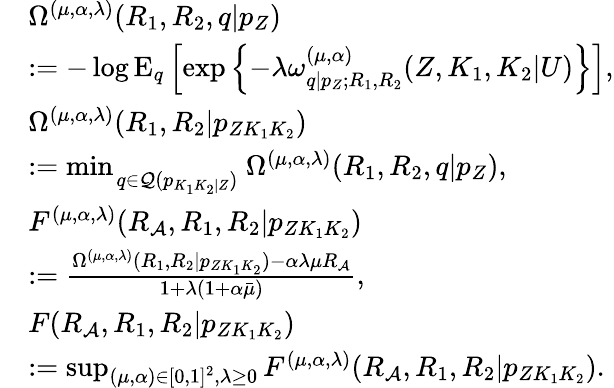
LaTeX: \begin{array}{rl}&{\Omega^{(\mu,\alpha,\lambda)}(R_{1},R_{2},q|p_{Z})}\\ &{:=-\log\mathrm{E}_{q}\left[\exp\left\{ -\lambda\omega_{q|p_{Z};R_{1},R_{2}}^{(\mu,\alpha)}(Z,K_{1},K_{2}|U)\right\} \right],}\\ &{\Omega^{(\mu,\alpha,\lambda)}(R_{1},R_{2}|{p_{ZK_{1}K_{2}}})}\\ &{:=\operatorname*{min}_{\scriptstyle\atop{\scriptstyle q\in{{\cal Q}}(p_{K_{1}K_{2}|{Z}})}}\Omega^{(\mu,\alpha,\lambda)}(R_{1},R_{2},q|p_{Z}),}\\ &{F^{(\mu,\alpha,\lambda)}(R_{\cal A},R_{1},R_{2}|{p_{ZK_{1}K_{2}}})}\\ &{:=\frac{\Omega^{(\mu,\alpha,\lambda)}(R_{1},R_{2}|{p_{ZK_{1}K_{2}}})-\alpha\lambda{\mu}R_{\cal A}}{1+\lambda(1+\alpha\bar{\mu})},}\\ &{F(R_{\cal A},R_{1},R_{2}|{p_{ZK_{1}K_{2}}})}\\ &{:=\operatorname*{sup}_{\scriptstyle(\mu,\alpha)\in[0,1]^{2},\lambda\geq 0}F^{(\mu,\alpha,\lambda)}(R_{\cal A},R_{1},R_{2}|{p_{ZK_{1}K_{2}}}).}\end{array}